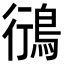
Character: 鴴